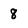
Character: 8